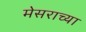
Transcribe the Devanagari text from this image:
मेसराच्या